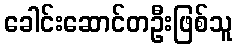
ခေါင်းဆောင်တဦးဖြစ်သူ